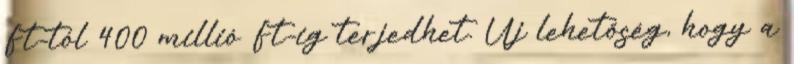
Ft-tól 400 millió Ft-ig terjedhet. Új lehetőség, hogy a